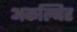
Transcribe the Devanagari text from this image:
अकल्बिर